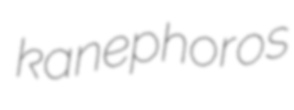
kanephoros